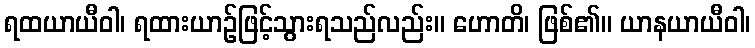
ရထယာယီဝါ၊ ရထားယာဉ်ဖြင့်သွားရသည်လည်း။ ဟောတိ၊ ဖြစ်၏။ ယာနယာယီဝါ၊